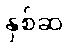
နှစ်ဆ